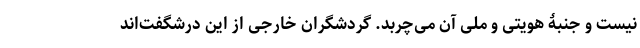
نیست و جنبۀ هویتی و ملی آن می‌چربد. گردشگران خارجی از این درشگفت‌اند